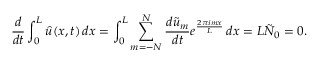
\frac { d } { d t } \int _ { 0 } ^ { L } \hat { u } ( x , t ) \mathop { d x } = \int _ { 0 } ^ { L } \sum _ { m = - N } ^ { N } \frac { d \tilde { u } _ { m } } { d t } e ^ { \frac { 2 \pi i m x } { L } } \mathop { d x } = L \tilde { N } _ { 0 } = 0 .